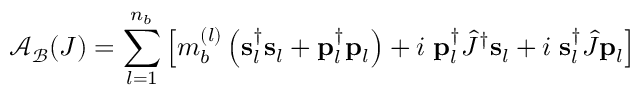
{ \mathcal { A } } _ { \mathcal { B } } ( J ) = \sum _ { l = 1 } ^ { n _ { b } } \left[ m _ { b } ^ { ( l ) } \left( { \bf { s } } _ { l } ^ { \dag } { \bf { s } } _ { l } + { \bf { p } } _ { l } ^ { \dag } { \bf { p } } _ { l } \right) + i \; { \bf { p } } _ { l } ^ { \dag } \hat { J } ^ { \dag } { \bf { s } } _ { l } + i \; { \bf { s } } _ { l } ^ { \dag } \hat { J } { \bf p } _ { l } \right]